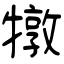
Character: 犜